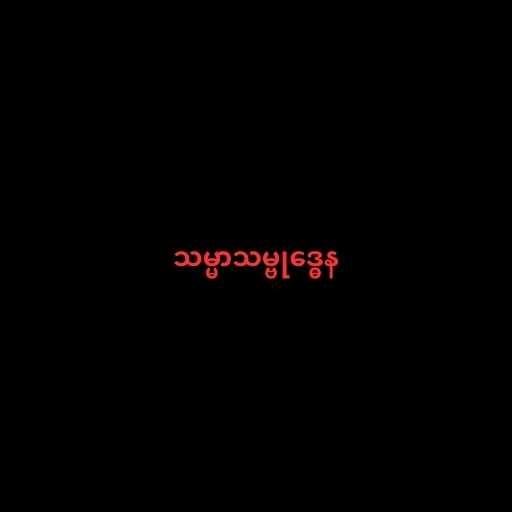
သမ္မာသမ္ဗုဒ္ဓေန